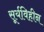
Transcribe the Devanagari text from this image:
सूर्यविहीन